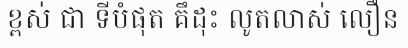
ខ្ពស់ ជា ទីបំផុត គឹដុះ លូតលាស់ លឿន